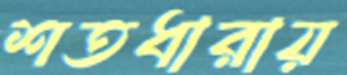
শতধারায়